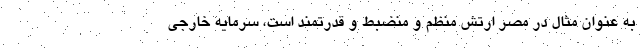
به عنوان مثال در مصر ارتش منظم و منضبط و قدرتمند است، سرمایه خارجی